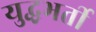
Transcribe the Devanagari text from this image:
युद्धभर्ती